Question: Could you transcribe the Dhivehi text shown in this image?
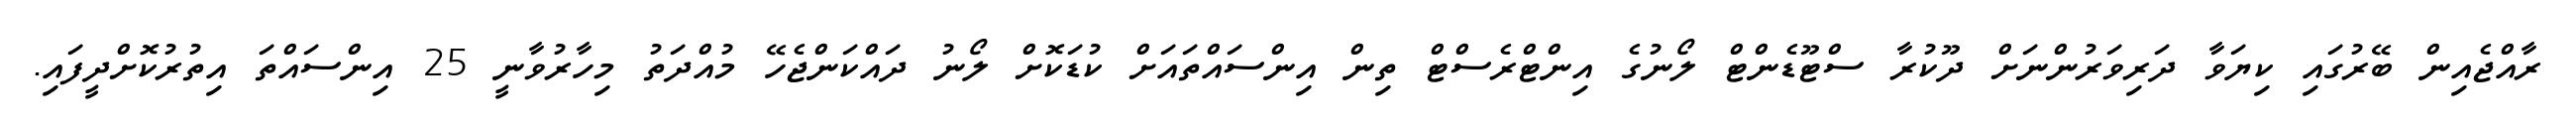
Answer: ރާއްޖެއިން ބޭރުގައި ކިޔަވާ ދަރިވަރުންނަށް ދޫކުރާ ސްޓޫޑެންޓް ލޯނުގެ އިންޓްރެސްޓް ތިން އިންސައްތައަށް ކުޑަކޮށް ލޯނު ދައްކަންޖެހޭ މުއްދަތު މިހާރުވާނީ 25 އިންސައްތަ އިތުރުކޮށްދީފައި.